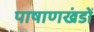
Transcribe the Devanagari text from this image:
पाषाणखंडों